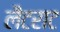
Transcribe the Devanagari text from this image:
लैटराट